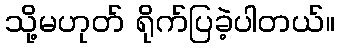
သို့မဟုတ် ရိုက်ပြခဲ့ပါတယ်။